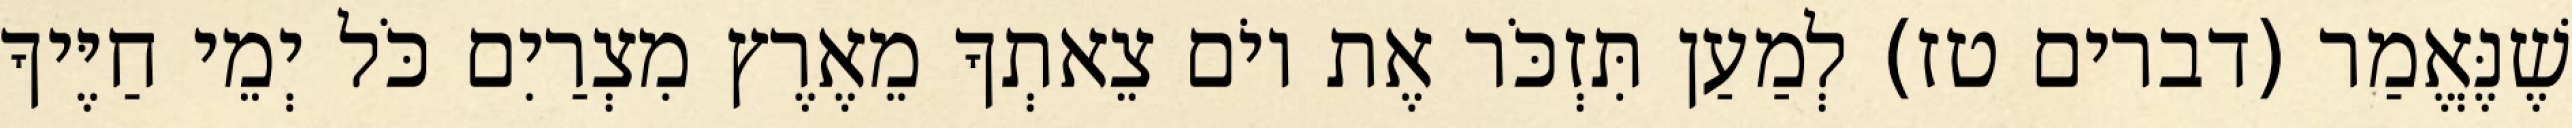
שֶׁנֶּאֱמַר (דברים טז) לְמַעַן תִּזְכֹּר אֶת יוֹם צֵאתְךָ מֵאֶרֶץ מִצְרַיִם כֹּל יְמֵי חַיֶּיךָ